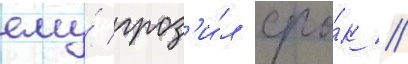
ему́ гроз'и́л сро́к //